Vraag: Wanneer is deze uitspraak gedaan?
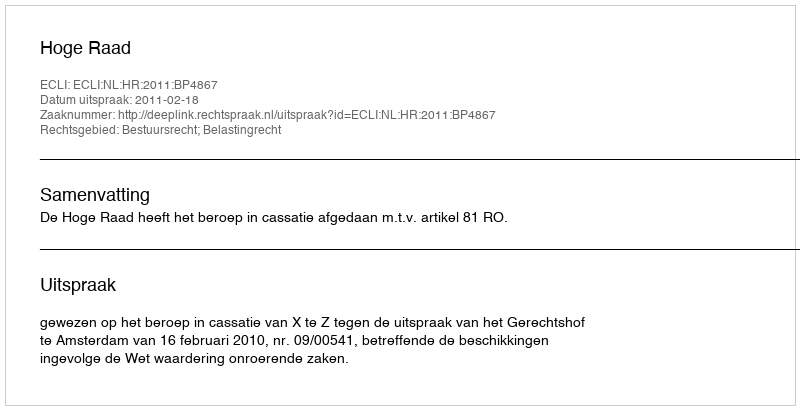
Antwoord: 2011-02-18